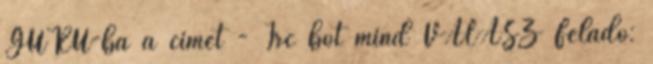
GURU-ba a cimet - Irc bot mind VÁLASZ Feladó: